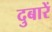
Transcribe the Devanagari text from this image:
दुबारें